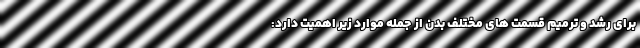
برای رشد و ترمیم قسمت های مختلف بدن از جمله موارد زیر اهمیت دارد: